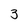
Character: 3